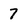
Character: 7